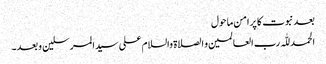
بعد نبوت کا پر امن ماحول
الحمد للّٰہ رب العالمین و الصلاۃ والسلام علی سیدالمرسلین و بعد۔